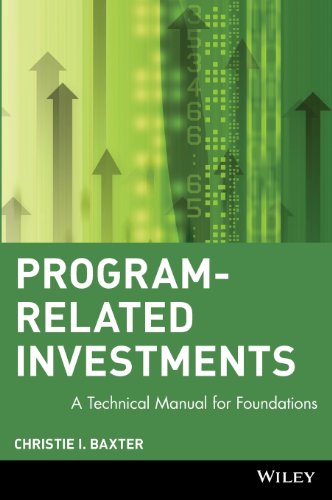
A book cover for Program-Related Investments: A Technical Manual for Foundations; Christie I. Baxter; Business & Money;